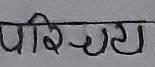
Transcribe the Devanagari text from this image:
परिचय